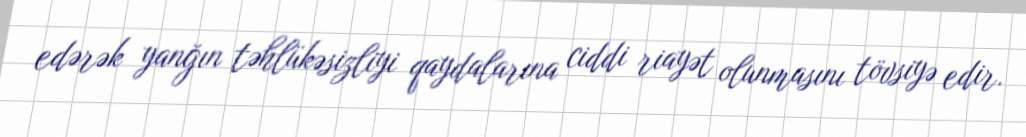
edərək yanğın təhlükəsizliyi qaydalarına ciddi riayət olunmasını tövsiyə edir.